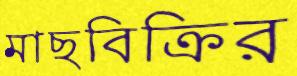
মাছবিক্রির